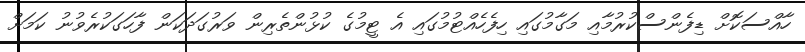
ހާއްސަކޮށް ޑިފެންސްކުރުމާއި މަގާމުގައި ހިފެހެއްޓުމުގައި އެ ޓީމުގެ ކުޅުންތެރިން ވަރުގަދަކަން ފާހަގަކުރެވުނު ކަމަށް